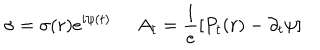
\sigma = \sigma ( r ) e ^ { i \psi ( t ) } \; \; A _ { t } = \frac { 1 } { e } [ P _ { t } ( r ) - \partial _ { t } \psi ]